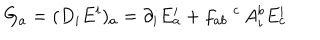
G _ { a } = ( D _ { i } E ^ { i } ) _ { a } = \partial _ { i } E _ { a } ^ { i } + f _ { a b } \; ^ { c } \, A _ { i } ^ { b } E _ { c } ^ { i }